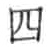
四